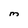
Character: M